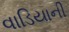
વાડિયાની